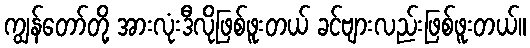
ကျွန်တော်တို့ အားလုံးဒီလိုဖြစ်ဖူးတယ် ခင်ဗျားလည်းဖြစ်ဖူးတယ်။